Annual report on the working of the mental hospitals in the Madras Presidency - 1912-1932
Year: 1912
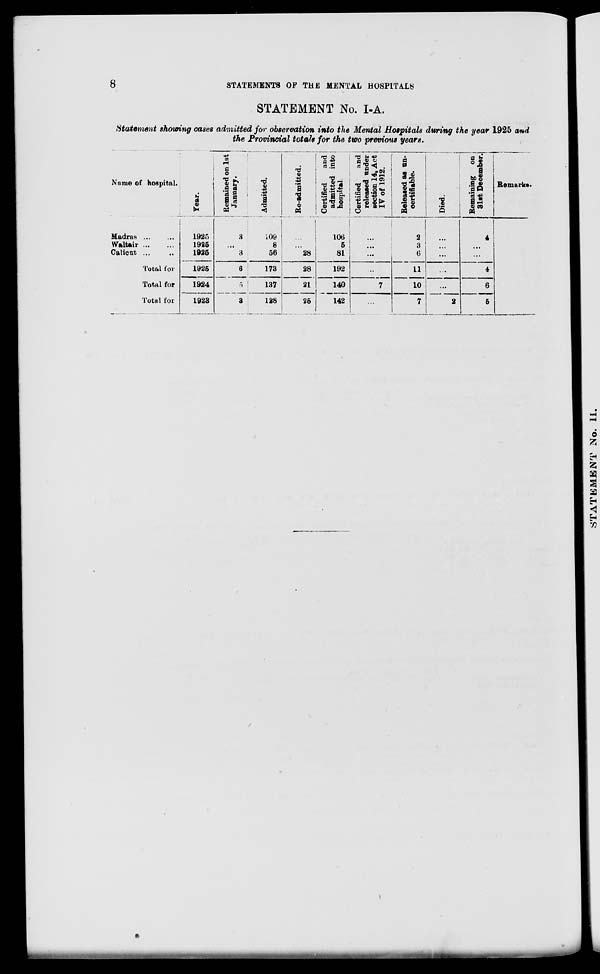
8
STATEMENTS OF THE MENTAL HOSPITALS
STATEMENT No. I-A.
Statement showing cases admitted for observation into the Mental Hospitals during the year 1925 and
the Provincial totals for the two previous years.
Name of hospital.
Madras
...
...
Waltair
...
...
Calicut ... ...
Total for
Total for
Total for
Year.
1925
1925
1925
1925
1924
1923
Remained on 1st
January.
3
...
3
6
5
3
Admitted.
109
8
56
173
137
128
Re-admitted.
...
...
28
28
21
25
Certified
and
admitted into
hospital.
106
5
81
192
140
142
Certified
and
released under
section 14, Act
IV of 1912.
...
...
...
...
7
...
Released as un-
certifiable.
2
3
6
11
10
7
Died.
...
...
...
...
...
2
Remaining on
31st December.
4
...
...
4
6
5
Remarks.